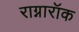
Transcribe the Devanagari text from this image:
राग्नारॉक